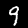
Label: 9